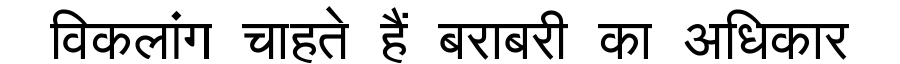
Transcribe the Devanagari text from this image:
विकलांग चाहते हैं बराबरी का अधिकार